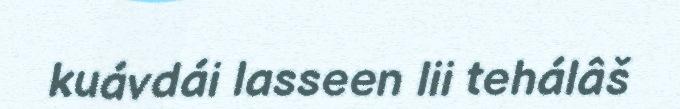
kuávdái lasseen lii tehálâš